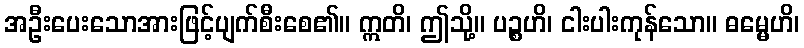
အဦးပေးသောအားဖြင့်ပျက်စီးစေ၏။ ဣတိ၊ ဤသို့။ ပဉ္စဟိ၊ ငါးပါးကုန်သော။ ဓမ္မေဟိ၊